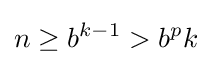
n\geq b^{k-1}>b^{p}k